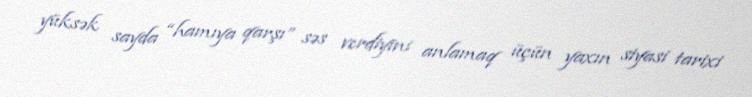
yüksək sayda “hamıya qarşı” səs verdiyini anlamaq üçün yaxın siyasi tarixi